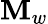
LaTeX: \mathbf{M}_{w}